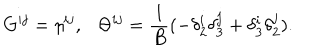
G ^ { i j } = \eta ^ { i j } , \ \ \ \Theta ^ { i j } = \frac { 1 } { B } ( - \delta _ { 2 } ^ { i } \delta _ { 3 } ^ { j } + \delta _ { 3 } ^ { i } \delta _ { 2 } ^ { j } ) .